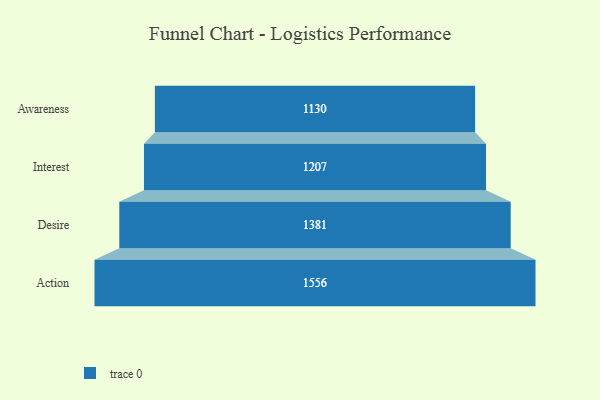
{"axis": {"x": "Stage", "y": "Value"}, "legend": [""], "data": [{"x": "Awareness", "y": 1130.0, "type": ""}, {"x": "Interest", "y": 1207.0, "type": ""}, {"x": "Desire", "y": 1381.0, "type": ""}, {"x": "Action", "y": 1556.0, "type": ""}]}